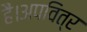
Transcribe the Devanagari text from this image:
हैं।अपवित्र